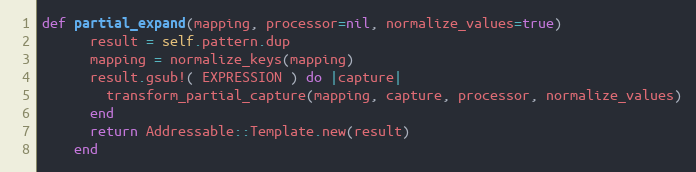
Language: Ruby
def partial_expand(mapping, processor=nil, normalize_values=true)
      result = self.pattern.dup
      mapping = normalize_keys(mapping)
      result.gsub!( EXPRESSION ) do |capture|
        transform_partial_capture(mapping, capture, processor, normalize_values)
      end
      return Addressable::Template.new(result)
    end